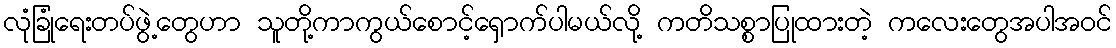
လုံခြုံရေးတပ်ဖွဲ့တွေဟာ သူတို့ကာကွယ်စောင့်ရှောက်ပါမယ်လို့ ကတိသစ္စာပြုထားတဲ့ ကလေးတွေအပါအဝင်